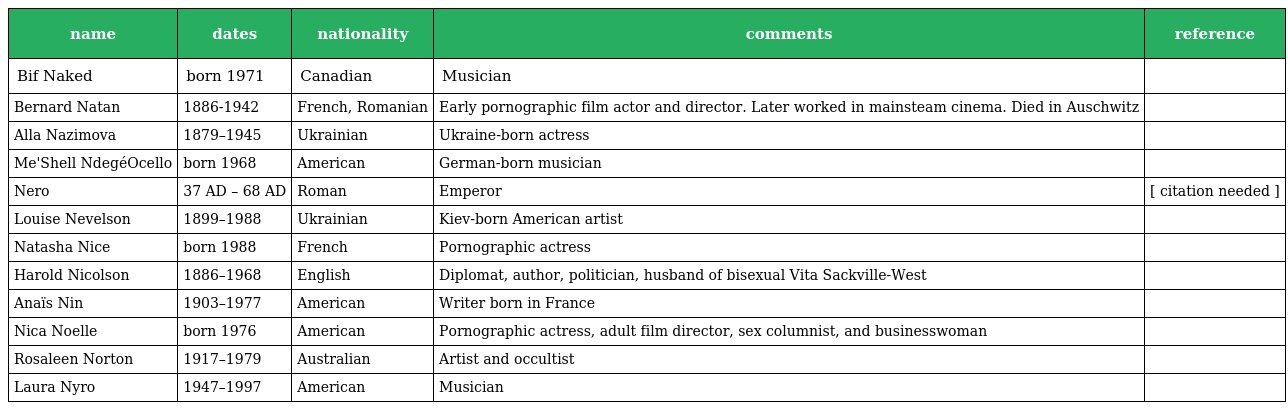
| name | dates | nationality | comments | reference |
 | --- | --- | --- | --- | --- |
 | Bif Naked | born 1971 | Canadian | Musician |  |
 | Bernard Natan | 1886-1942 | French, Romanian | Early pornographic film actor and director. Later worked in mainsteam cinema. Died in Auschwitz |  |
 | Alla Nazimova | 1879–1945 | Ukrainian | Ukraine-born actress |  |
 | Me'Shell NdegéOcello | born 1968 | American | German-born musician |  |
 | Nero | 37 AD – 68 AD | Roman | Emperor | [ citation needed ] |
 | Louise Nevelson | 1899–1988 | Ukrainian | Kiev-born American artist |  |
 | Natasha Nice | born 1988 | French | Pornographic actress |  |
 | Harold Nicolson | 1886–1968 | English | Diplomat, author, politician, husband of bisexual Vita Sackville-West |  |
 | Anaïs Nin | 1903–1977 | American | Writer born in France |  |
 | Nica Noelle | born 1976 | American | Pornographic actress, adult film director, sex columnist, and businesswoman |  |
 | Rosaleen Norton | 1917–1979 | Australian | Artist and occultist |  |
 | Laura Nyro | 1947–1997 | American | Musician |  |